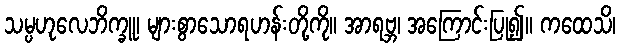
သမ္ပဟုလေဘိက္ခူ၊ များစွာသောရဟန်းတို့ကို။ အာရဗ္ဘ၊ အကြောင်းပြု၍။ ကထေသိ၊